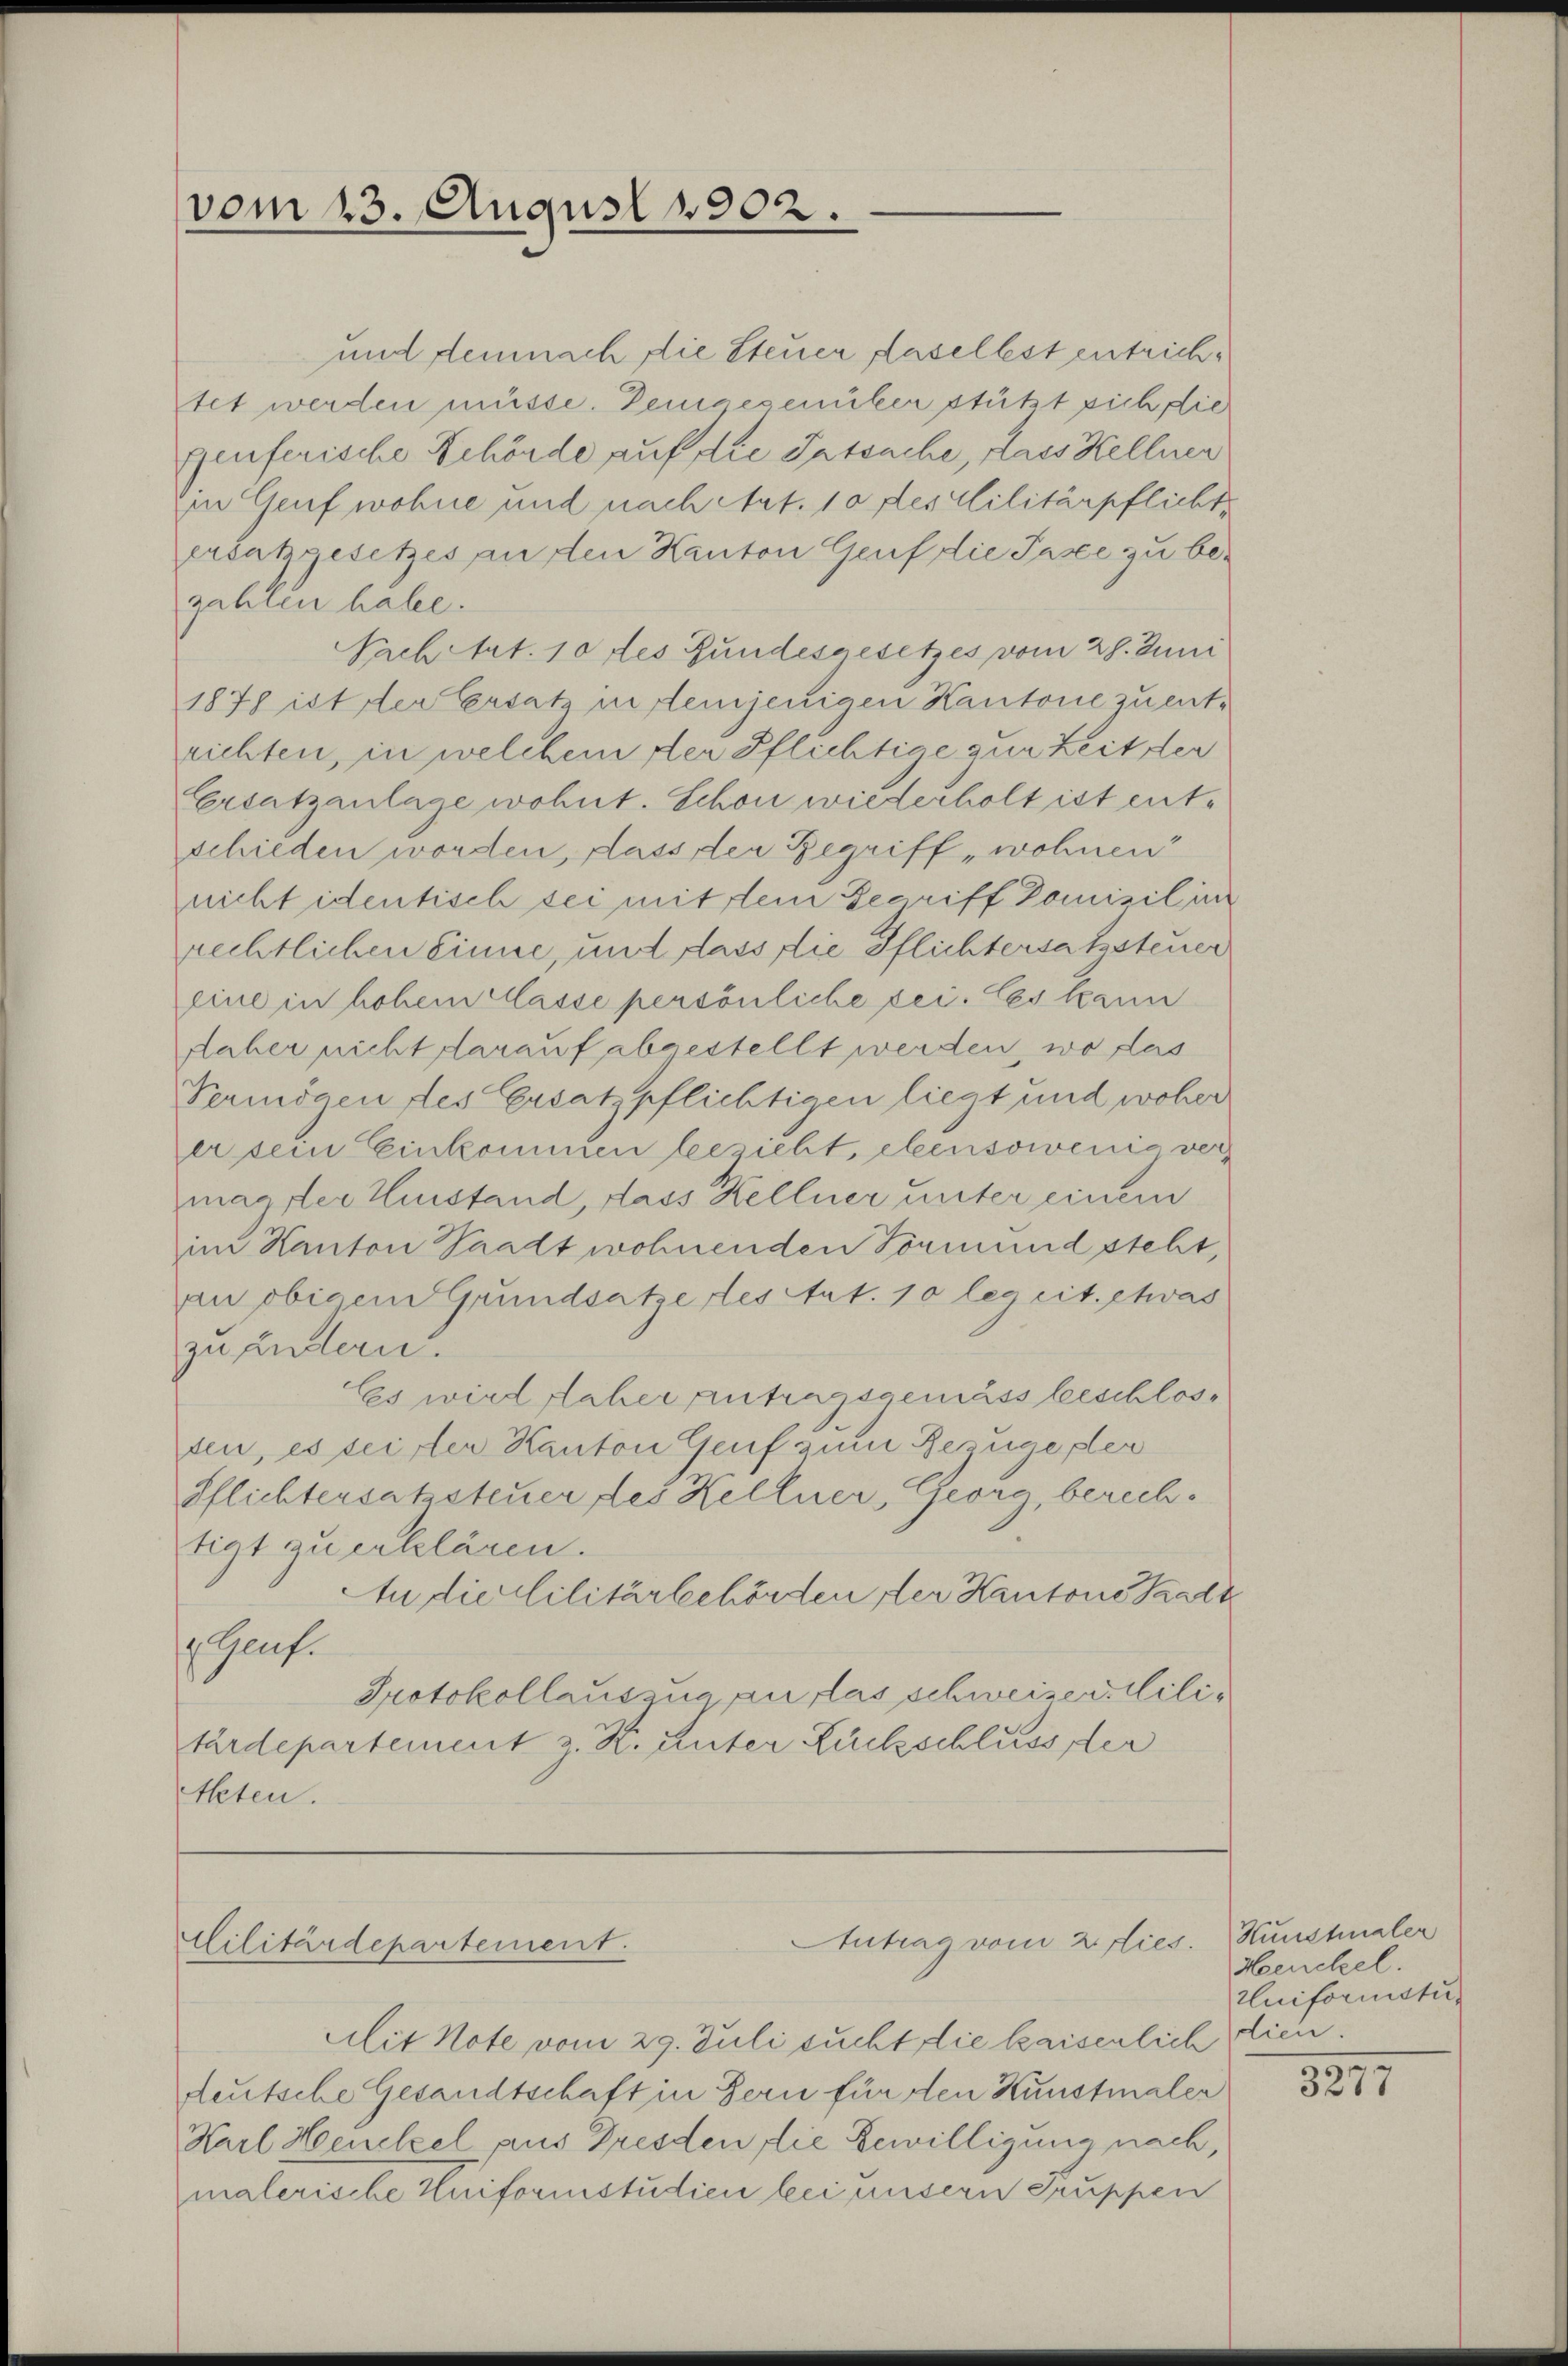
vom 13. August 1902.

Cilitärdepartement.

und demnach die Steuer daselbst entrichtet werden müsse. Demgegenüber stützt sich die
genferische Schörde auf die Tatsache, dass Kellner
Ein Genf wohne und nach Art. 10 des Militärpflicht
ersatzgesetzes anden Kanton Genf die Paste zu be-
zahlen habe.
Sachetzt. 10 des Bundesgesetzes vom 28. Juni
1878 ist der Ersatz in demjenigen Kantone zu entrichten, in welchem der Pflichtige zur Zeit der
Ersatzanlage wohnt. Schon wiederholt ist entschieden worden, dass der Begriff, wohnen
nicht identisch sei mit dem Begriff Domizil in
rechtlichen Einne, und dass die Pflichtersatzsteuer
eine in hohem Masse persönliche fei. Ces kann
Naher nicht darauf abgestellt werden, wo das
Vermögen des Ersatzpflichtigen liegt und woher
er sein Einkommen bezieht, ebensowenig vermagter Zustand, dass Kellner unter einem
im Kanton Stadt wohnenden Formund steht,
an obigem Grundsatze des Art. 10 leg cit. etwas
zu ändern.
Es wird daher antragsgemäss beschlosten, es seister Kanton Genf zum Bezüge der
Pflichtersatzsteuer des Kellner, Georg, berechtigt zu erklären.
tn die Militärbehörden der Kantone Saalt
g. Genf.
Protokollauszua an das schweizer Militärdepartement z. K. unter Luckschlusser
Aeten.

Antrag vom 2. Fies. Haushaler

Henckel.
Uniformstur

Mit Note vom 29. Juli sucht die kaisenlich dien.
deutsche Gesandtschaft in Bern für den Kunstmaler
Karl Henckel aus Dresden die Bewilligung nach,
malerische Uniformstudien bei unsern Gruppen

1217